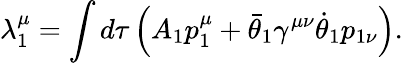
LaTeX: \lambda_{1}^{\mu}=\int d\tau\left(A_{1}p_{1}^{\mu}+\bar{\theta}_{1}\gamma^{\mu\nu}\dot{\theta}_{1}p_{1\nu}\right).